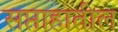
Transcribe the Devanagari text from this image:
सप्ताहातील